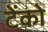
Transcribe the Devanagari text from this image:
टेंको